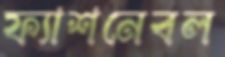
ফ্যাশনেবল